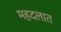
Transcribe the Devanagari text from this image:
महदलात